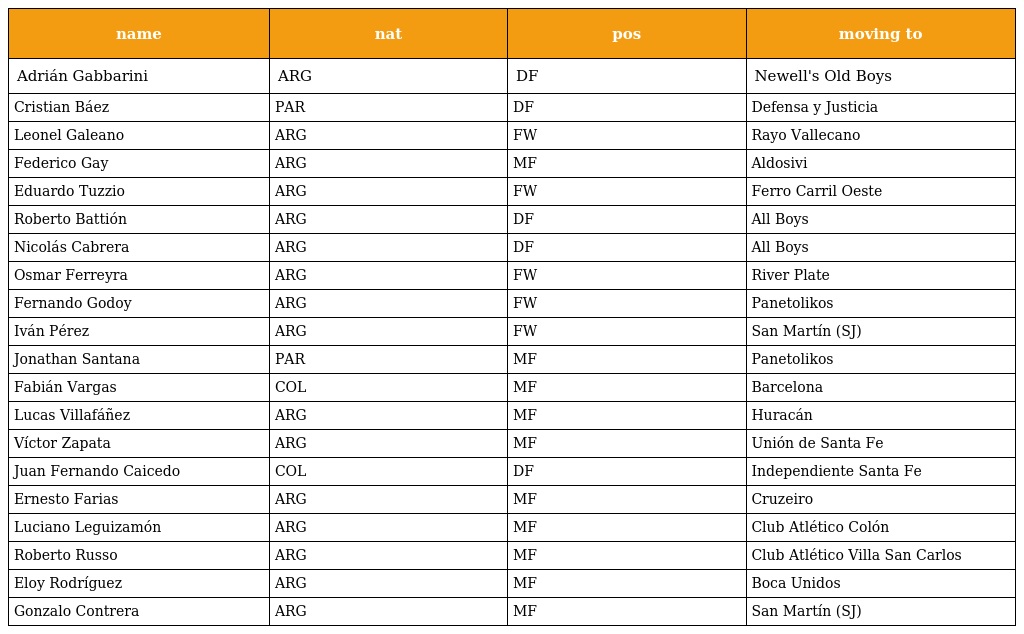
| name | nat | pos | moving to |
 | --- | --- | --- | --- |
 | Adrián Gabbarini | ARG | DF | Newell's Old Boys |
 | Cristian Báez | PAR | DF | Defensa y Justicia |
 | Leonel Galeano | ARG | FW | Rayo Vallecano |
 | Federico Gay | ARG | MF | Aldosivi |
 | Eduardo Tuzzio | ARG | FW | Ferro Carril Oeste |
 | Roberto Battión | ARG | DF | All Boys |
 | Nicolás Cabrera | ARG | DF | All Boys |
 | Osmar Ferreyra | ARG | FW | River Plate |
 | Fernando Godoy | ARG | FW | Panetolikos |
 | Iván Pérez | ARG | FW | San Martín (SJ) |
 | Jonathan Santana | PAR | MF | Panetolikos |
 | Fabián Vargas | COL | MF | Barcelona |
 | Lucas Villafáñez | ARG | MF | Huracán |
 | Víctor Zapata | ARG | MF | Unión de Santa Fe |
 | Juan Fernando Caicedo | COL | DF | Independiente Santa Fe |
 | Ernesto Farias | ARG | MF | Cruzeiro |
 | Luciano Leguizamón | ARG | MF | Club Atlético Colón |
 | Roberto Russo | ARG | MF | Club Atlético Villa San Carlos |
 | Eloy Rodríguez | ARG | MF | Boca Unidos |
 | Gonzalo Contrera | ARG | MF | San Martín (SJ) |